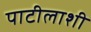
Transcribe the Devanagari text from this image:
पाटीलाशी